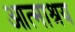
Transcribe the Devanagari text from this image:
आत्माश्रय